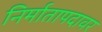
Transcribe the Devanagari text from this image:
निर्मातापदावर